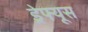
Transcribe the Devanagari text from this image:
ड्रेफ्यूस